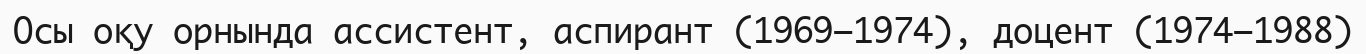
Осы оқу орнында ассистент, аспирант (1969–1974), доцент (1974–1988)